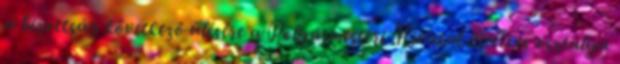
a bizottság következő ülésére a Polgármesteri Hivatal illetékes osztálya